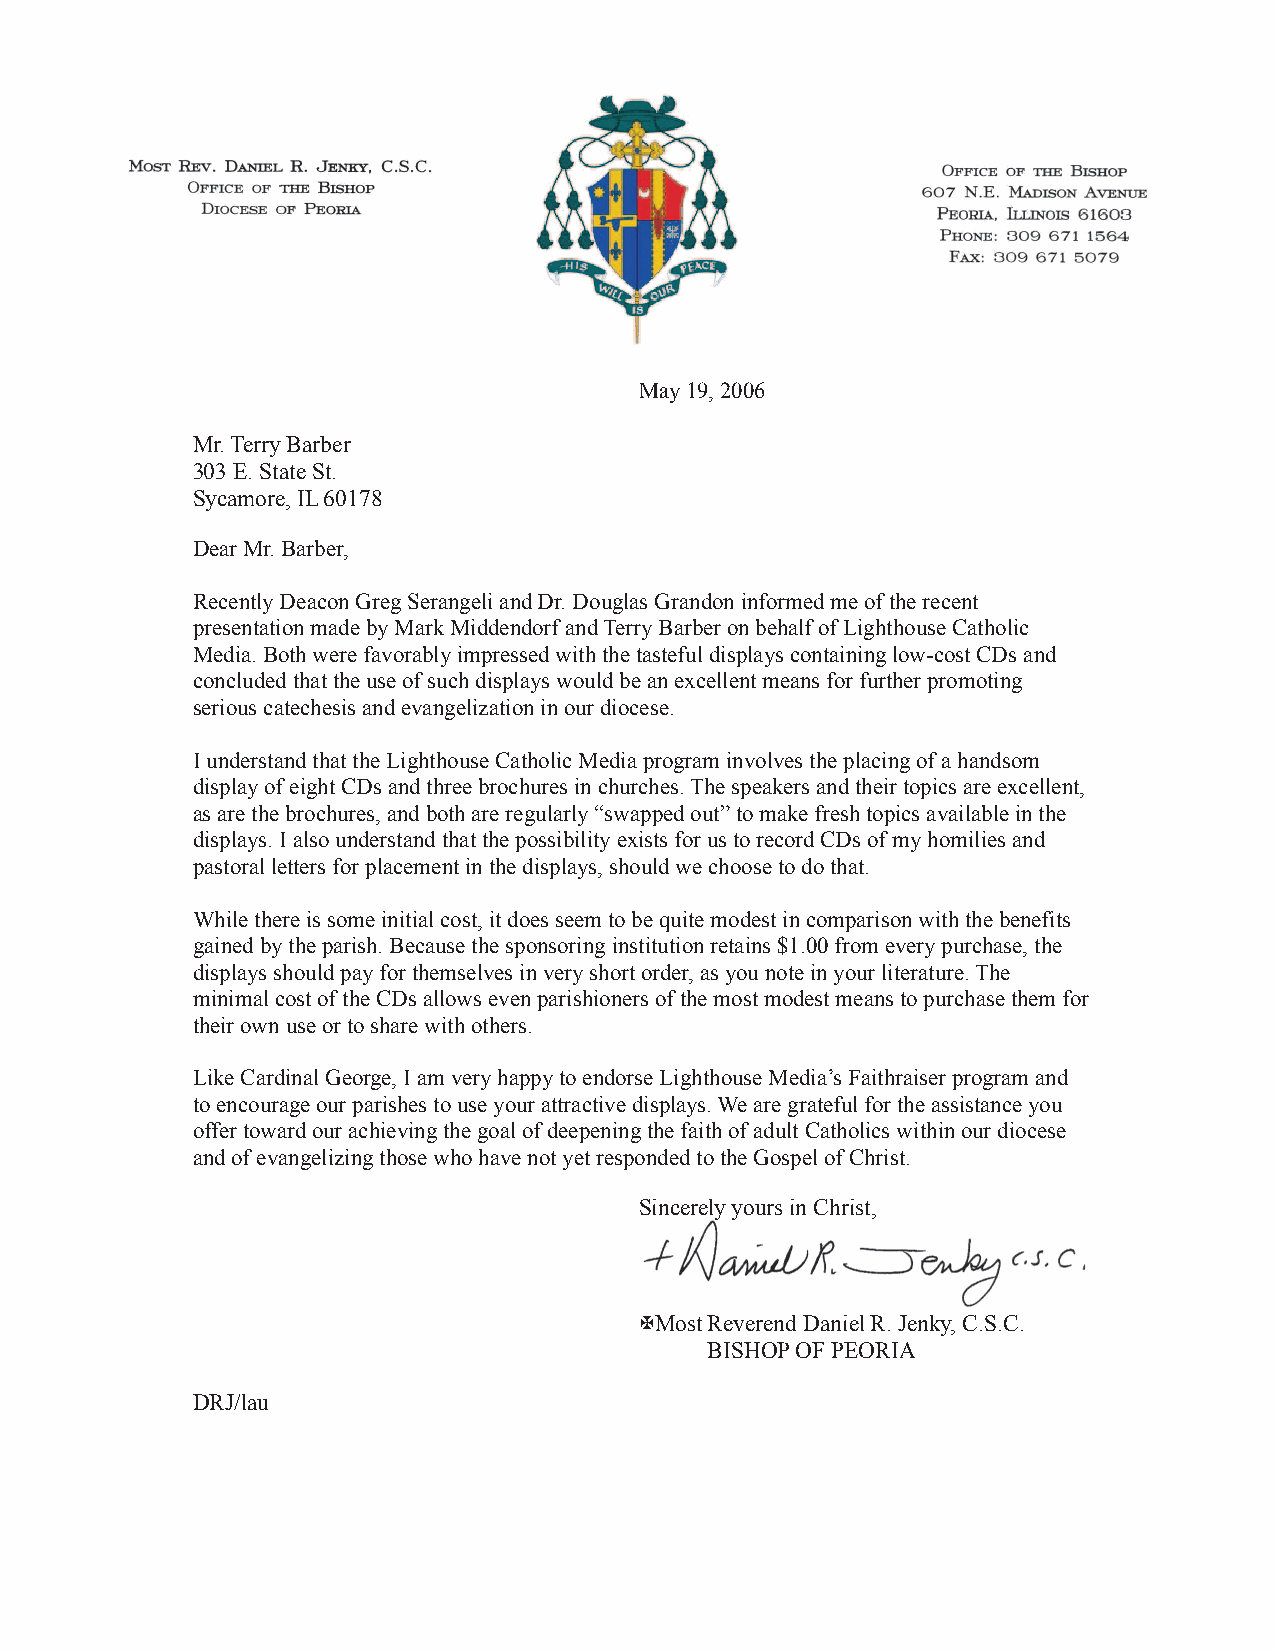
May 19, 2006
 Mr. Terry Barber
 303 E. State St.
 Sycamore, IL 60178
 Dear Mr. Barber,
 Recently Deacon Greg Serangeli and Dr. Douglas Grandon informed me of the recent
 presentation made by Mark Middendorf and Terry Barber on behalf of Lighthouse Catholic
 Media. Both were favorably impressed with the tasteful displays containing low-cost CDs and
 concluded that the use of such displays would be an excellent means for further promoting
 serious catechesis and evangelization in our diocese.
 I understand that the Lighthouse Catholic Media program involves the placing of a handsom
 display of eight CDs and three brochures in churches. The speakers and their topics are excellent,
 as are the brochures, and both are regularly “swapped out” to make fresh topics available in the
 displays. I also understand that the possibility exists for us to record CDs of my homilies and
 pastoral letters for placement in the displays, should we choose to do that.
 While there is some initial cost, it does seem to be quite modest in comparison with the benefits
 gained by the parish. Because the sponsoring institution retains $1.00 from every purchase, the
 displays should pay for themselves in very short order, as you note in your literature. The
 minimal cost of the CDs allows even parishioners of the most modest means to purchase them for
 their own use or to share with others.
 Like Cardinal George, I am very happy to endorse Lighthouse Media’s Faithraiser program and
 to encourage our parishes to use your attractive displays. We are grateful for the assistance you
 offer toward our achieving the goal of deepening the faith of adult Catholics within our diocese
 and of evangelizing those who have not yet responded to the Gospel of Christ.
 Sincerely yours in Christ,
 Most Reverend Daniel R. Jenky, C.S.C.
 BISHOP OF PEORIA
 DRJ/lau